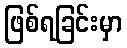
ဖြစ်ရခြင်းမှာ